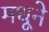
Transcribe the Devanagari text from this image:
मधूने